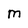
Character: M